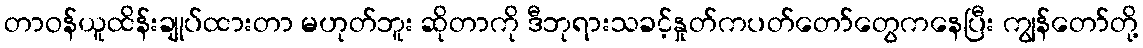
တာဝန်ယူထိန်းချုပ်ထားတာ မဟုတ်ဘူး ဆိုတာကို ဒီဘုရားသခင့်နှုတ်ကပတ်တော်တွေကနေပြီး ကျွန်တော်တို့